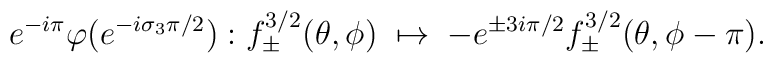
e^{-i \pi} \varphi (e^{-i \sigma_3 \pi/2}) :	f^{3/2}_\pm (\theta,\phi) 	\; \mapsto \;	- e^{\pm 3 i \pi/2} f^{3/2}_\pm (\theta, \phi - \pi).